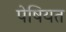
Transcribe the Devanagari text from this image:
पेषियत